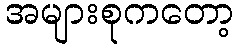
အများစုကတော့